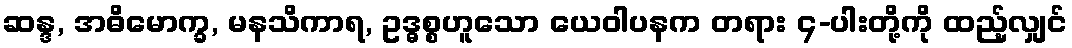
ဆန္ဒ, အဓိမောက္ခ, မနသိကာရ, ဥဒ္ဓစ္စဟူသော ယေဝါပနက တရား ၄-ပါးတို့ကို ထည့်လျှင်